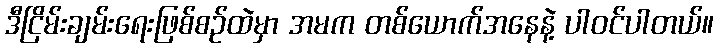
ဒီငြိမ်းချမ်းရေးဖြစ်စဉ်ထဲမှာ အမက တစ်ယောက်အနေနဲ့ ပါဝင်ပါတယ်။